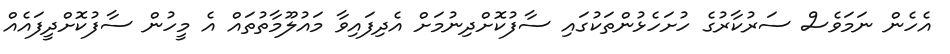
އެހެން ނަމަވެސް ސަރުކާރުގެ ހުށަހެޅުންތަކުގައި ސާފުކޮށްދިނުމަށް އެދިފައިވާ މައުލޫމާތުތައް އެ މީހުން ސާފުކޮށްދީފައެއް